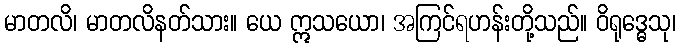
မာတလိ၊ မာတလိနတ်သား။ ယေ ဣသယော၊ အကြင်ရဟန်းတို့သည်။ ဝိရုဒ္ဓေသု၊